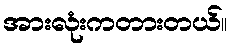
အားလုံးကတားတယ်။